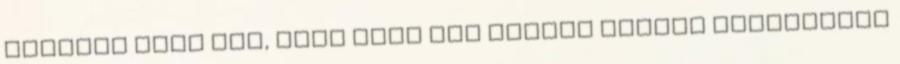
ezáltal pont azt, amit ugye egy reklám sugall merhogyizé